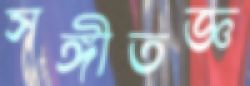
সঙ্গীতজ্ঞ